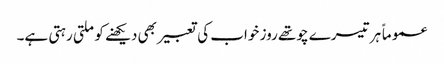
عموماً ہر تیسرے چوتھے روز خواب کی تعبیر بھی دیکھنے کو ملتی رہتی ہے۔